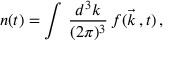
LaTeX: n ( t ) = \int \, \frac { d ^ { 3 } k } { ( 2 \pi ) ^ { 3 } } \, f ( \vec { k } \, , t ) \, ,